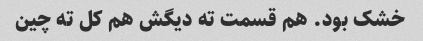
خشک بود. هم قسمت ته دیگش هم کل ته چین